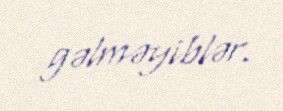
gəlməyiblər.